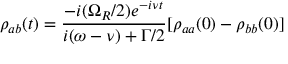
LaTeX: \rho _ { a b } ( t ) = { \frac { - i ( \Omega _ { R } / 2 ) e ^ { - i \nu t } } { i ( \omega - \nu ) + \Gamma / 2 } } [ \rho _ { a a } ( 0 ) - \rho _ { b b } ( 0 ) ]